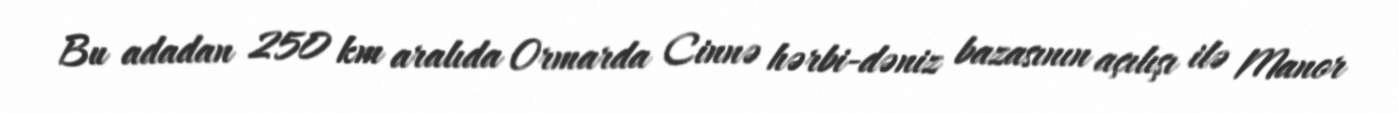
Bu adadan 250 km aralıda Ormarda Cinnə hərbi-dəniz bazasının açılışı ilə Manor